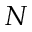
N